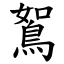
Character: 鴽